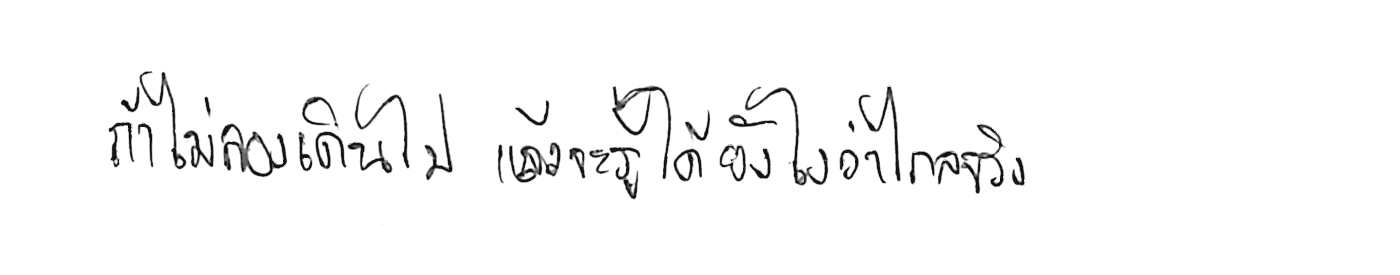
ถ้าไม่ลองเดินไป แล้วจะรู้ได้ยังไงว่าไกลจริง